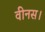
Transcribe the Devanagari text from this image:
वीनस।